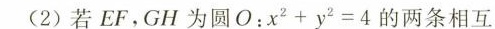
(2)若EF，GH为圆O：$$x ^ { 2 } + y ^ { 2 } = 4$$的两条相互